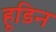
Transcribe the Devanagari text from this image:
हूडिन